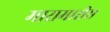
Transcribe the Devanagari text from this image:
मारामारीस